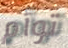
توأم